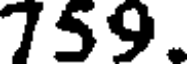
759.